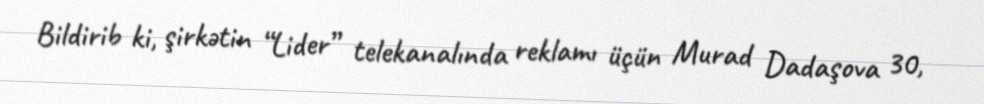
Bildirib ki, şirkətin “Lider” telekanalında reklamı üçün Murad Dadaşova 30,